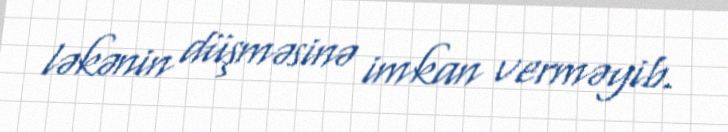
ləkənin düşməsinə imkan verməyib.